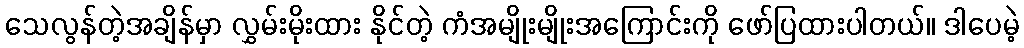
သေလွန်တဲ့အချိန်မှာ လွှမ်းမိုးထား နိုင်တဲ့ ကံအမျိုးမျိုးအကြောင်းကို ဖော်ပြထားပါတယ်။ ဒါပေမဲ့